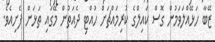
ޒޭބާ ހަޅޭއްލަވަމުން ގޮސް ކައިލްގެ ކުރިމައްޗަށް ހުއްޓި ދެއަތުން މޭގައި ތަޅަން ފެށިއެވެ.